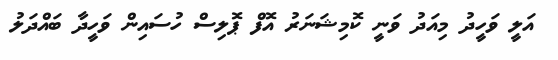
އަލީ ވަހީދު މިއަދު ވަނީ ކޮމިޝަނަރު އޮފް ޕޮލިސް ހުސައިން ވަހީދާ ބައްދަލު